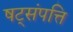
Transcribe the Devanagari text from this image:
षट्‌संपत्ति